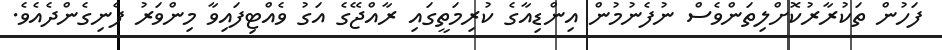
ފަހުން ތަކުރާރުކޮށްލިތަންވެސް ނުފެނުމުން އިންޑިއާގެ ކުރިމަތީގައި ރާއްޖޭގެ އަގު ވެއްޓިފައިވާ މިންވަރު ފެނިގެންދެއެވެ.